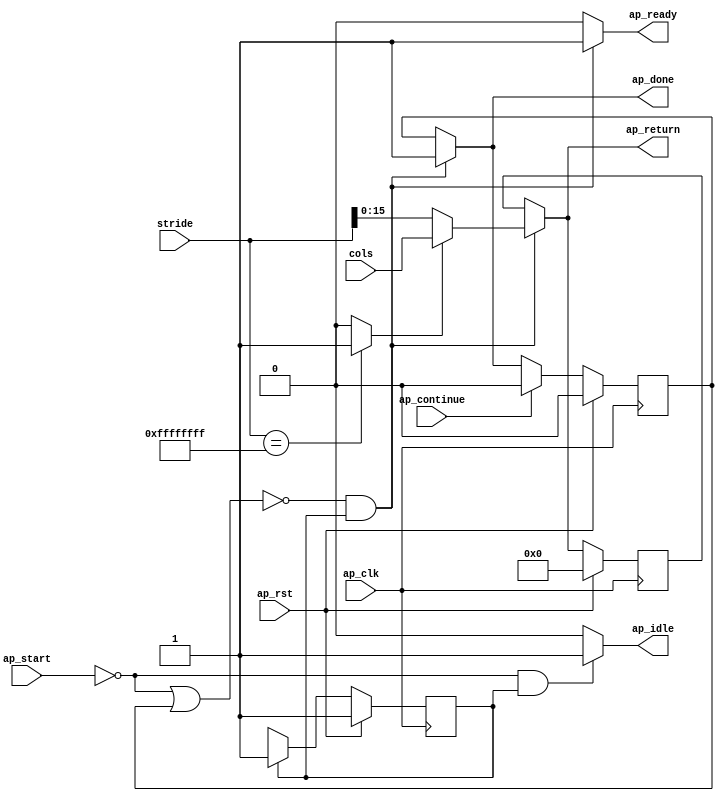
// Copyright (C) 2022, Advanced Micro Devices, Inc. All rights reserved.
// SPDX-License-Identifier: MIT
// ==============================================================
// Version: 2022.1
// 
// ===========================================================

`timescale 1 ns / 1 ps 

module pp_pipeline_accel_Mat2Axi_Block_entry3_proc (
        ap_clk,
        ap_rst,
        ap_start,
        ap_done,
        ap_continue,
        ap_idle,
        ap_ready,
        stride,
        cols,
        ap_return
);

parameter    ap_ST_fsm_state1 = 1'd1;

input   ap_clk;
input   ap_rst;
input   ap_start;
output   ap_done;
input   ap_continue;
output   ap_idle;
output   ap_ready;
input  [31:0] stride;
input  [15:0] cols;
output  [15:0] ap_return;

reg ap_done;
reg ap_idle;
reg ap_ready;
reg[15:0] ap_return;

reg    ap_done_reg;
(* fsm_encoding = "none" *) reg   [0:0] ap_CS_fsm;
wire    ap_CS_fsm_state1;
reg    ap_block_state1;
wire   [0:0] icmp_ln1423_fu_26_p2;
wire   [15:0] trunc_ln1423_fu_22_p1;
wire   [15:0] cols_tmp_fu_32_p3;
reg   [15:0] ap_return_preg;
reg   [0:0] ap_NS_fsm;
reg    ap_ST_fsm_state1_blk;
wire    ap_ce_reg;

// power-on initialization
initial begin
#0 ap_done_reg = 1'b0;
#0 ap_CS_fsm = 1'd1;
#0 ap_return_preg = 16'd0;
end

always @ (posedge ap_clk) begin
    if (ap_rst == 1'b1) begin
        ap_CS_fsm <= ap_ST_fsm_state1;
    end else begin
        ap_CS_fsm <= ap_NS_fsm;
    end
end

always @ (posedge ap_clk) begin
    if (ap_rst == 1'b1) begin
        ap_done_reg <= 1'b0;
    end else begin
        if ((ap_continue == 1'b1)) begin
            ap_done_reg <= 1'b0;
        end else if ((~((ap_start == 1'b0) | (ap_done_reg == 1'b1)) & (1'b1 == ap_CS_fsm_state1))) begin
            ap_done_reg <= 1'b1;
        end
    end
end

always @ (posedge ap_clk) begin
    if (ap_rst == 1'b1) begin
        ap_return_preg <= 16'd0;
    end else begin
        if ((~((ap_start == 1'b0) | (ap_done_reg == 1'b1)) & (1'b1 == ap_CS_fsm_state1))) begin
            ap_return_preg <= cols_tmp_fu_32_p3;
        end
    end
end

always @ (*) begin
    if (((ap_start == 1'b0) | (ap_done_reg == 1'b1))) begin
        ap_ST_fsm_state1_blk = 1'b1;
    end else begin
        ap_ST_fsm_state1_blk = 1'b0;
    end
end

always @ (*) begin
    if ((~((ap_start == 1'b0) | (ap_done_reg == 1'b1)) & (1'b1 == ap_CS_fsm_state1))) begin
        ap_done = 1'b1;
    end else begin
        ap_done = ap_done_reg;
    end
end

always @ (*) begin
    if (((ap_start == 1'b0) & (1'b1 == ap_CS_fsm_state1))) begin
        ap_idle = 1'b1;
    end else begin
        ap_idle = 1'b0;
    end
end

always @ (*) begin
    if ((~((ap_start == 1'b0) | (ap_done_reg == 1'b1)) & (1'b1 == ap_CS_fsm_state1))) begin
        ap_ready = 1'b1;
    end else begin
        ap_ready = 1'b0;
    end
end

always @ (*) begin
    if ((~((ap_start == 1'b0) | (ap_done_reg == 1'b1)) & (1'b1 == ap_CS_fsm_state1))) begin
        ap_return = cols_tmp_fu_32_p3;
    end else begin
        ap_return = ap_return_preg;
    end
end

always @ (*) begin
    case (ap_CS_fsm)
        ap_ST_fsm_state1 : begin
            ap_NS_fsm = ap_ST_fsm_state1;
        end
        default : begin
            ap_NS_fsm = 'bx;
        end
    endcase
end

assign ap_CS_fsm_state1 = ap_CS_fsm[32'd0];

always @ (*) begin
    ap_block_state1 = ((ap_start == 1'b0) | (ap_done_reg == 1'b1));
end

assign cols_tmp_fu_32_p3 = ((icmp_ln1423_fu_26_p2[0:0] == 1'b1) ? cols : trunc_ln1423_fu_22_p1);

assign icmp_ln1423_fu_26_p2 = ((stride == 32'd4294967295) ? 1'b1 : 1'b0);

assign trunc_ln1423_fu_22_p1 = stride[15:0];

endmodule //pp_pipeline_accel_Mat2Axi_Block_entry3_proc